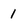
Character: 1